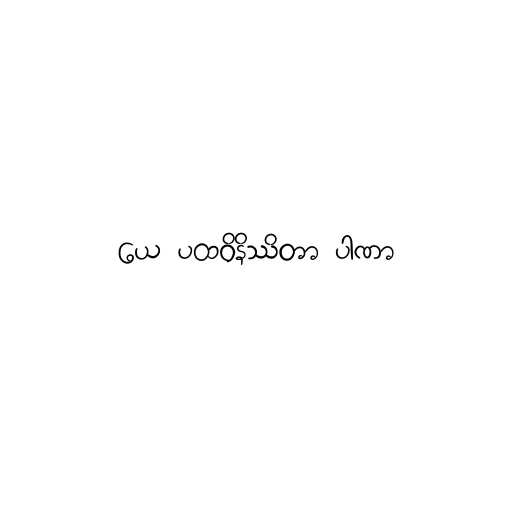
ယေ ပထဝိနိဿိတာ ပါဏာ